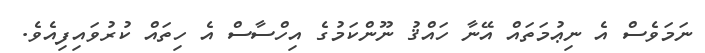
ނަމަވެސް އެ ނިޢުމަތައް އޭނާ ހައްޤު ނޫންކަމުގެ އިހްސާސް އެ ހިތައް ކުރުވައިފިއެވެ.